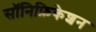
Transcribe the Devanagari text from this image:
सॉनिफ़िकेशन